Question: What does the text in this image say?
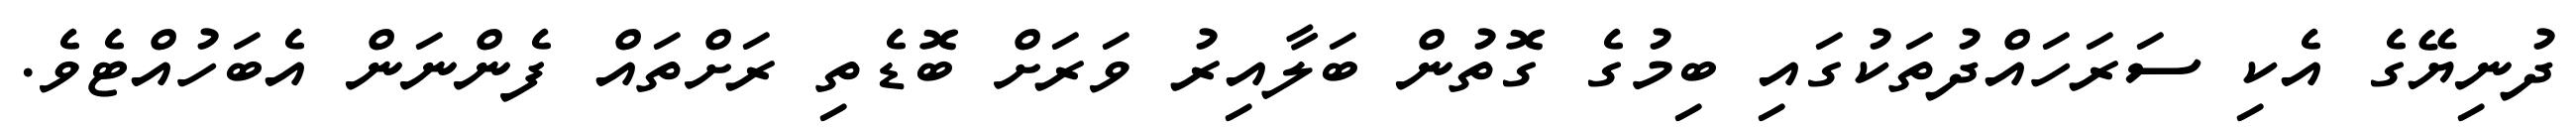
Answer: ދުނިޔޭގެ އެކި ސަރަހައްދުތަކުގައި ބިމުގެ ގޮތުން ބަލާއިރު ވަރަށް ބޮޑެތި ރަށްތައް ފެންނަން އެބަހުއްޓެވެ.